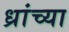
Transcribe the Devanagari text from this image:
ध्रांच्या